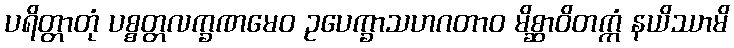
ပရိတ္တာတုံ ပစ္စတ္တလက္ခဏမေဝ ဥပေက္ခာသဟဂတာဝ မိစ္ဆာဝိတက္ကံ နယိဿာမိ